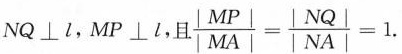
NQ \bot l，MP \bot l，且$$\frac { | M P | } { | M A | } = \frac { | N Q | } { | N A | } = 1$$.